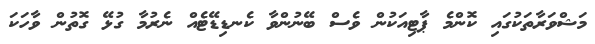
މަޝްވަރާތަކުގައި ކޮންމެ ޕާޓިއަކުން ވެސް ބޭނުންވާ ކެނޑިޑޭޓެއް ނެރުމާ ގުޅޭ ގޮތުން ވާހަކަ